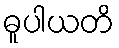
ဓူပါယတိ